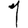
Digit: 1